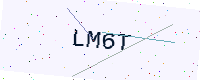
Text: LM6T